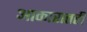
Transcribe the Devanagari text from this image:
आकारातही